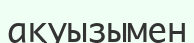
ақуызымен